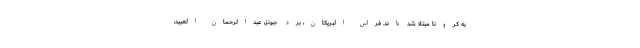
به کرونا مبتلا شده‌اند. فراس البریکان، برد جونز، عبدالرحمان العبید،